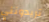
تريدونني